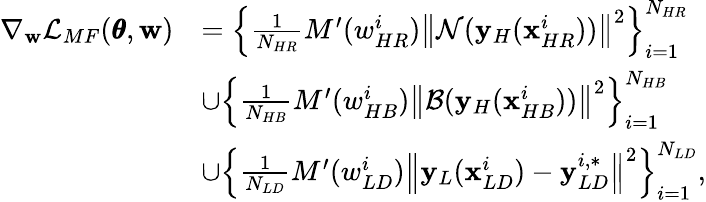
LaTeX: \begin{array}{rl}{\nabla_{\mathbf{w}}\mathcal{L}_{MF}(\pmb{\theta},\mathbf{w})}&{=\left\{ \frac{1}{N_{HR}}{M^{\prime}(w_{HR}^{i})\left\| \mathcal{N}(\mathbf{y}_{H}(\mathbf{x}_{HR}^{i}))\right\| ^{2}}\right\} _{i=1}^{N_{HR}}}\\ &{\cup\left\{ \frac{1}{N_{HB}}{M^{\prime}(w_{HB}^{i})\left\| \mathcal{B}(\mathbf{y}_{H}(\mathbf{x}_{HB}^{i}))\right\| ^{2}}\right\} _{i=1}^{N_{HB}}}\\ &{\cup\left\{ \frac{1}{N_{LD}}{M^{\prime}(w_{LD}^{i})\left\| \mathbf{y}_{L}(\mathbf{x}_{LD}^{i})-\mathbf{y}_{LD}^{i,*}\right\| ^{2}}\right\} _{i=1}^{N_{LD}},}\end{array}